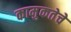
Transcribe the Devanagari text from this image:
कामुकतेचे